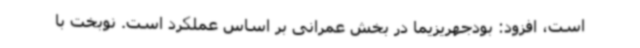
است، افزود: بودجهریزیما در بخش عمرانی بر اساس عملکرد است. نوبخت با